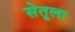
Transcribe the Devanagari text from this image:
सेतूला